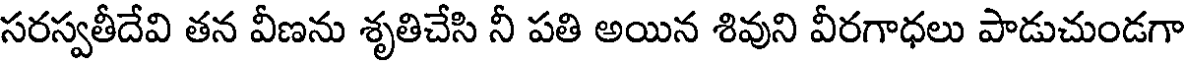
సరస్వతీదేవి తన వీణను శృతిచేసి నీ పతి అయిన శివుని వీరగాధలు పాడుచుండగా